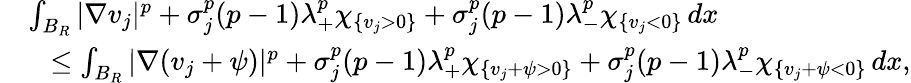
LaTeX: \begin{array}{rl}&{\int_{B_{R}}|\nabla v_{j}|^{p}+\sigma_{j}^{p}(p-1)\lambda_{+}^{p}\chi_{\{ v_{j}>0\} }+\sigma_{j}^{p}(p-1)\lambda_{-}^{p}\chi_{\{ v_{j}<0\} }\, dx}\\ &{\ \ \leq\int_{B_{R}}|\nabla(v_{j}+\psi)|^{p}+\sigma_{j}^{p}(p-1)\lambda_{+}^{p}\chi_{\{ v_{j}+\psi>0\} }+\sigma_{j}^{p}(p-1)\lambda_{-}^{p}\chi_{\{ v_{j}+\psi<0\} }\, dx,}\end{array}